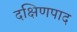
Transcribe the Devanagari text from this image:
दक्षिणपाद